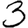
Digit: 3